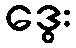
ဒွေး